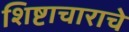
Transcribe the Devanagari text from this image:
शिष्टाचाराचे